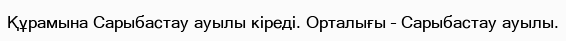
Құрамына Сарыбастау ауылы кіреді. Орталығы – Сарыбастау ауылы.